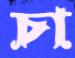
চা